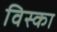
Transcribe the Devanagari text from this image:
विस्का